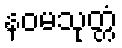
နဝမသုတ္တံ